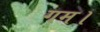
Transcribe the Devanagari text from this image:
गम।